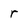
Character: r